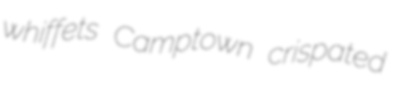
whiffets Camptown crispated